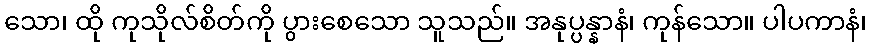
သော၊ ထို ကုသိုလ်စိတ်ကို ပွားစေသော သူသည်။ အနုပ္ပန္နာနံ၊ ကုန်သော။ ပါပကာနံ၊